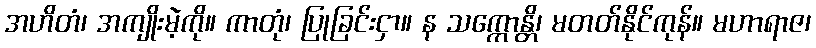
အဟိတံ၊ အကျိုးမဲ့ကို။ ကာတုံ၊ ပြုခြင်းငှာ။ န သက္ကောန္တိ၊ မတတ်နိုင်ကုန်။ မဟာရာဇ၊